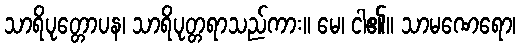
သာရိပုတ္တောပန၊ သာရိပုတ္တရာသည်ကား။ မေ၊ ငါ၏။ သာမဏေရော၊